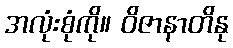
အလုံးစုံကို။ ဝိဇာနာတိနု